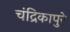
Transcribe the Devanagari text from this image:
चंद्रिकापुरे